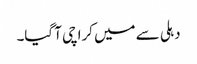
دہلی سے میں کراچی آ گیا۔